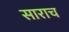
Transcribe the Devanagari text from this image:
साराच